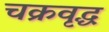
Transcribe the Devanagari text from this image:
चक्रवृद्ध